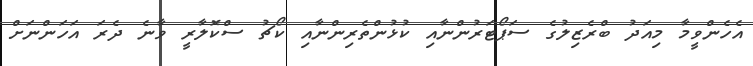
އެހެންވީމާ މިއަދު ބްރެޒިލުގެ ސަޕޯޓަރުންނާއި ކުޅުންތެރިންނާއި ކޯޗު ސްކޮލާރީ ވާނެ ދެރަ އަހަންނަށް